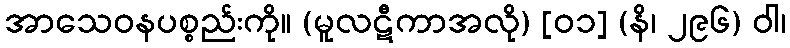
အာသေဝနပစ္စည်းကို။ (မူလဋီကာအလို) [၀၁] (နိ၊ ၂၉၆) ဝါ၊